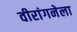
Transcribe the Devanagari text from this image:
वीरांगनेला